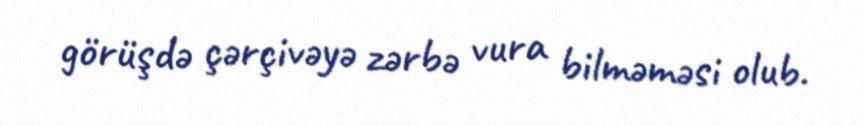
görüşdə çərçivəyə zərbə vura bilməməsi olub.